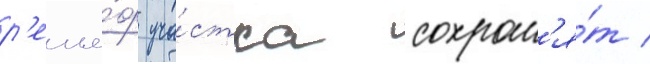
р'елье́ф уча́стка сохран'я́т /